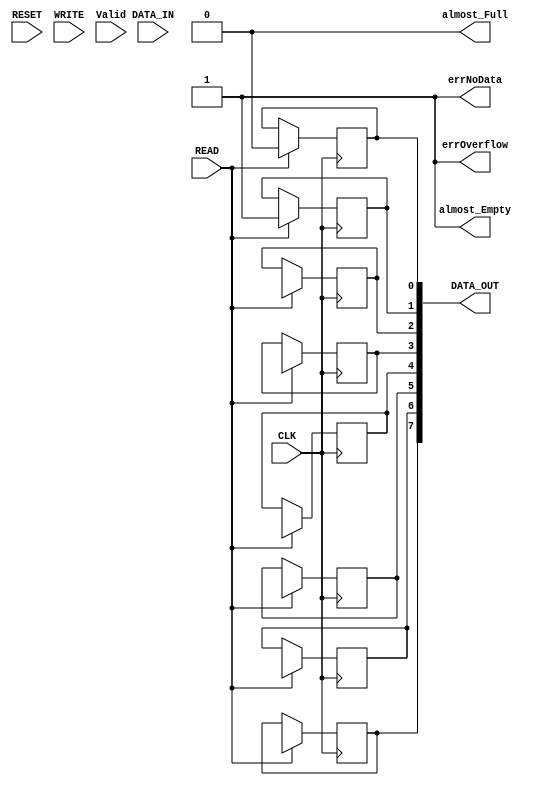
/* Generated by Yosys 0.5+ (git sha1 f13e387, gcc 5.3.1-8ubuntu2 -O2 -fstack-protector-strong -fPIC -Os) */

(* top =  1  *)
(* src = "memory.v:1" *)
module Memory(DATA_IN, CLK, RESET, WRITE, READ, DATA_OUT, almost_Full, almost_Empty, errNoData, errOverflow, Valid);
  wire [7:0] _00_;
  wire [7:0] _01_;
  (* src = "memory.v:5" *)
  input CLK;
  (* src = "memory.v:4" *)
  input [7:0] DATA_IN;
  (* src = "memory.v:10" *)
  output [7:0] DATA_OUT;
  reg [7:0] DATA_OUT;
  (* src = "memory.v:8" *)
  input READ;
  (* src = "memory.v:6" *)
  input RESET;
  (* src = "memory.v:15" *)
  input Valid;
  (* src = "memory.v:7" *)
  input WRITE;
  (* src = "memory.v:12" *)
  output almost_Empty;
  (* src = "memory.v:11" *)
  output almost_Full;
  (* src = "memory.v:13" *)
  output errNoData;
  (* src = "memory.v:14" *)
  output errOverflow;
  assign _00_[0] = READ ? _01_[0] : DATA_OUT[0];
  assign _00_[1] = READ ? _01_[1] : DATA_OUT[1];
  assign _00_[2] = READ ? _01_[2] : DATA_OUT[2];
  assign _00_[3] = READ ? _01_[3] : DATA_OUT[3];
  assign _00_[4] = READ ? _01_[4] : DATA_OUT[4];
  assign _00_[5] = READ ? _01_[5] : DATA_OUT[5];
  assign _00_[6] = READ ? _01_[6] : DATA_OUT[6];
  assign _00_[7] = READ ? _01_[7] : DATA_OUT[7];
  always @(posedge CLK)
      DATA_OUT[0] <= _00_[0];
  always @(posedge CLK)
      DATA_OUT[1] <= _00_[1];
  always @(posedge CLK)
      DATA_OUT[2] <= _00_[2];
  always @(posedge CLK)
      DATA_OUT[3] <= _00_[3];
  always @(posedge CLK)
      DATA_OUT[4] <= _00_[4];
  always @(posedge CLK)
      DATA_OUT[5] <= _00_[5];
  always @(posedge CLK)
      DATA_OUT[6] <= _00_[6];
  always @(posedge CLK)
      DATA_OUT[7] <= _00_[7];
  assign almost_Empty = 1'b1;
  assign almost_Full = 1'b0;
  assign errNoData = 1'b1;
  assign errOverflow = 1'b1;
endmodule